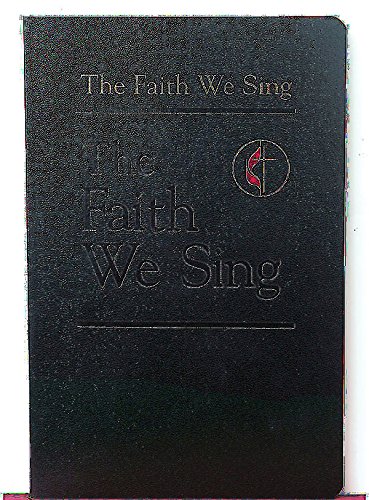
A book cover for The Faith We Sing: Pew - Cross & Flame Edition (Faith We Sing); Not Available (NA); Christian Books & Bibles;